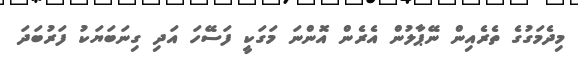
މިދެމަގުގެ ތެރެއިން ނޭޕާލުން އެރެން އޮންނަ މަގަކީ ފަސޭހަ އަދި ގިނަބަޔަކު ފަރުބަދަ